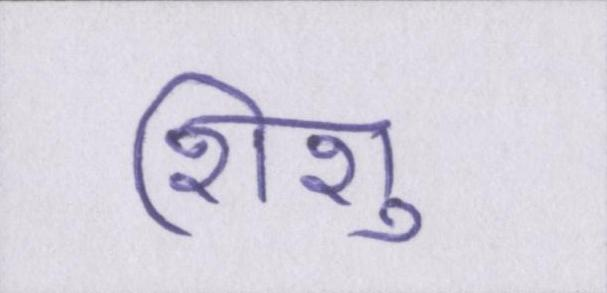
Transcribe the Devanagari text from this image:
शिशु